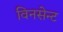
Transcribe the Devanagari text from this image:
विनसेन्ट